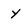
Character: Y